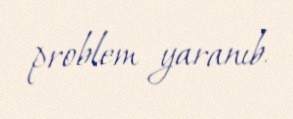
problem yaranıb.